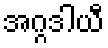
အဂ္ဂဒါယီ